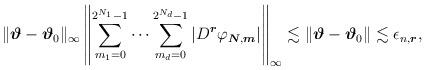
LaTeX: \begin{align*}\|\boldsymbol{\vartheta}-\boldsymbol{\vartheta}_0\|_\infty\left\|\sum_{m_1=0}^{2^{N_1}-1}\cdots\sum_{m_d=0}^{2^{N_d}-1}|D^{\boldsymbol{r}}\varphi_{\boldsymbol{N},\boldsymbol{m}}|\right\|_\infty\lesssim\|\boldsymbol{\vartheta}-\boldsymbol{\vartheta}_0\|\lesssim\epsilon_{n,\boldsymbol{r}},\end{align*}